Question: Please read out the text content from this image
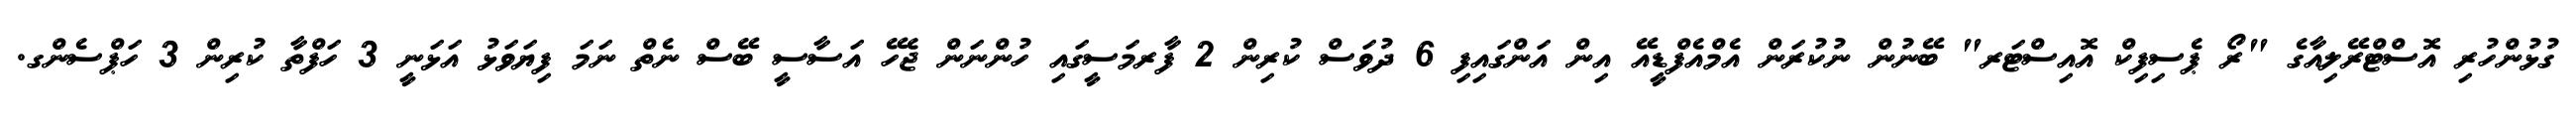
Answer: ގުޅުންހުރި އޮސްޓްރޭލިއާގެ "ރޯ ޕެސިފިކް އޮއިސްޓަރ" ބޭނުން ނުކުރަން އެމްއެފްޑީއޭ އިން އަންގައިފި 6 ދުވަސް ކުރިން 2 ފާރމަސީގައި ހުންނަން ޖެހޭ އަސާސީ ބޭސް ނެތް ނަމަ ފިޔަވަޅު އަޅަނީ 3 ހަފްތާ ކުރިން 3 ހަޕްސެންގ.